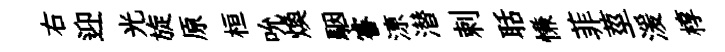
右迎光旋原桓吮焕駰睿鿌潜剌聒慊菲莖湲椁